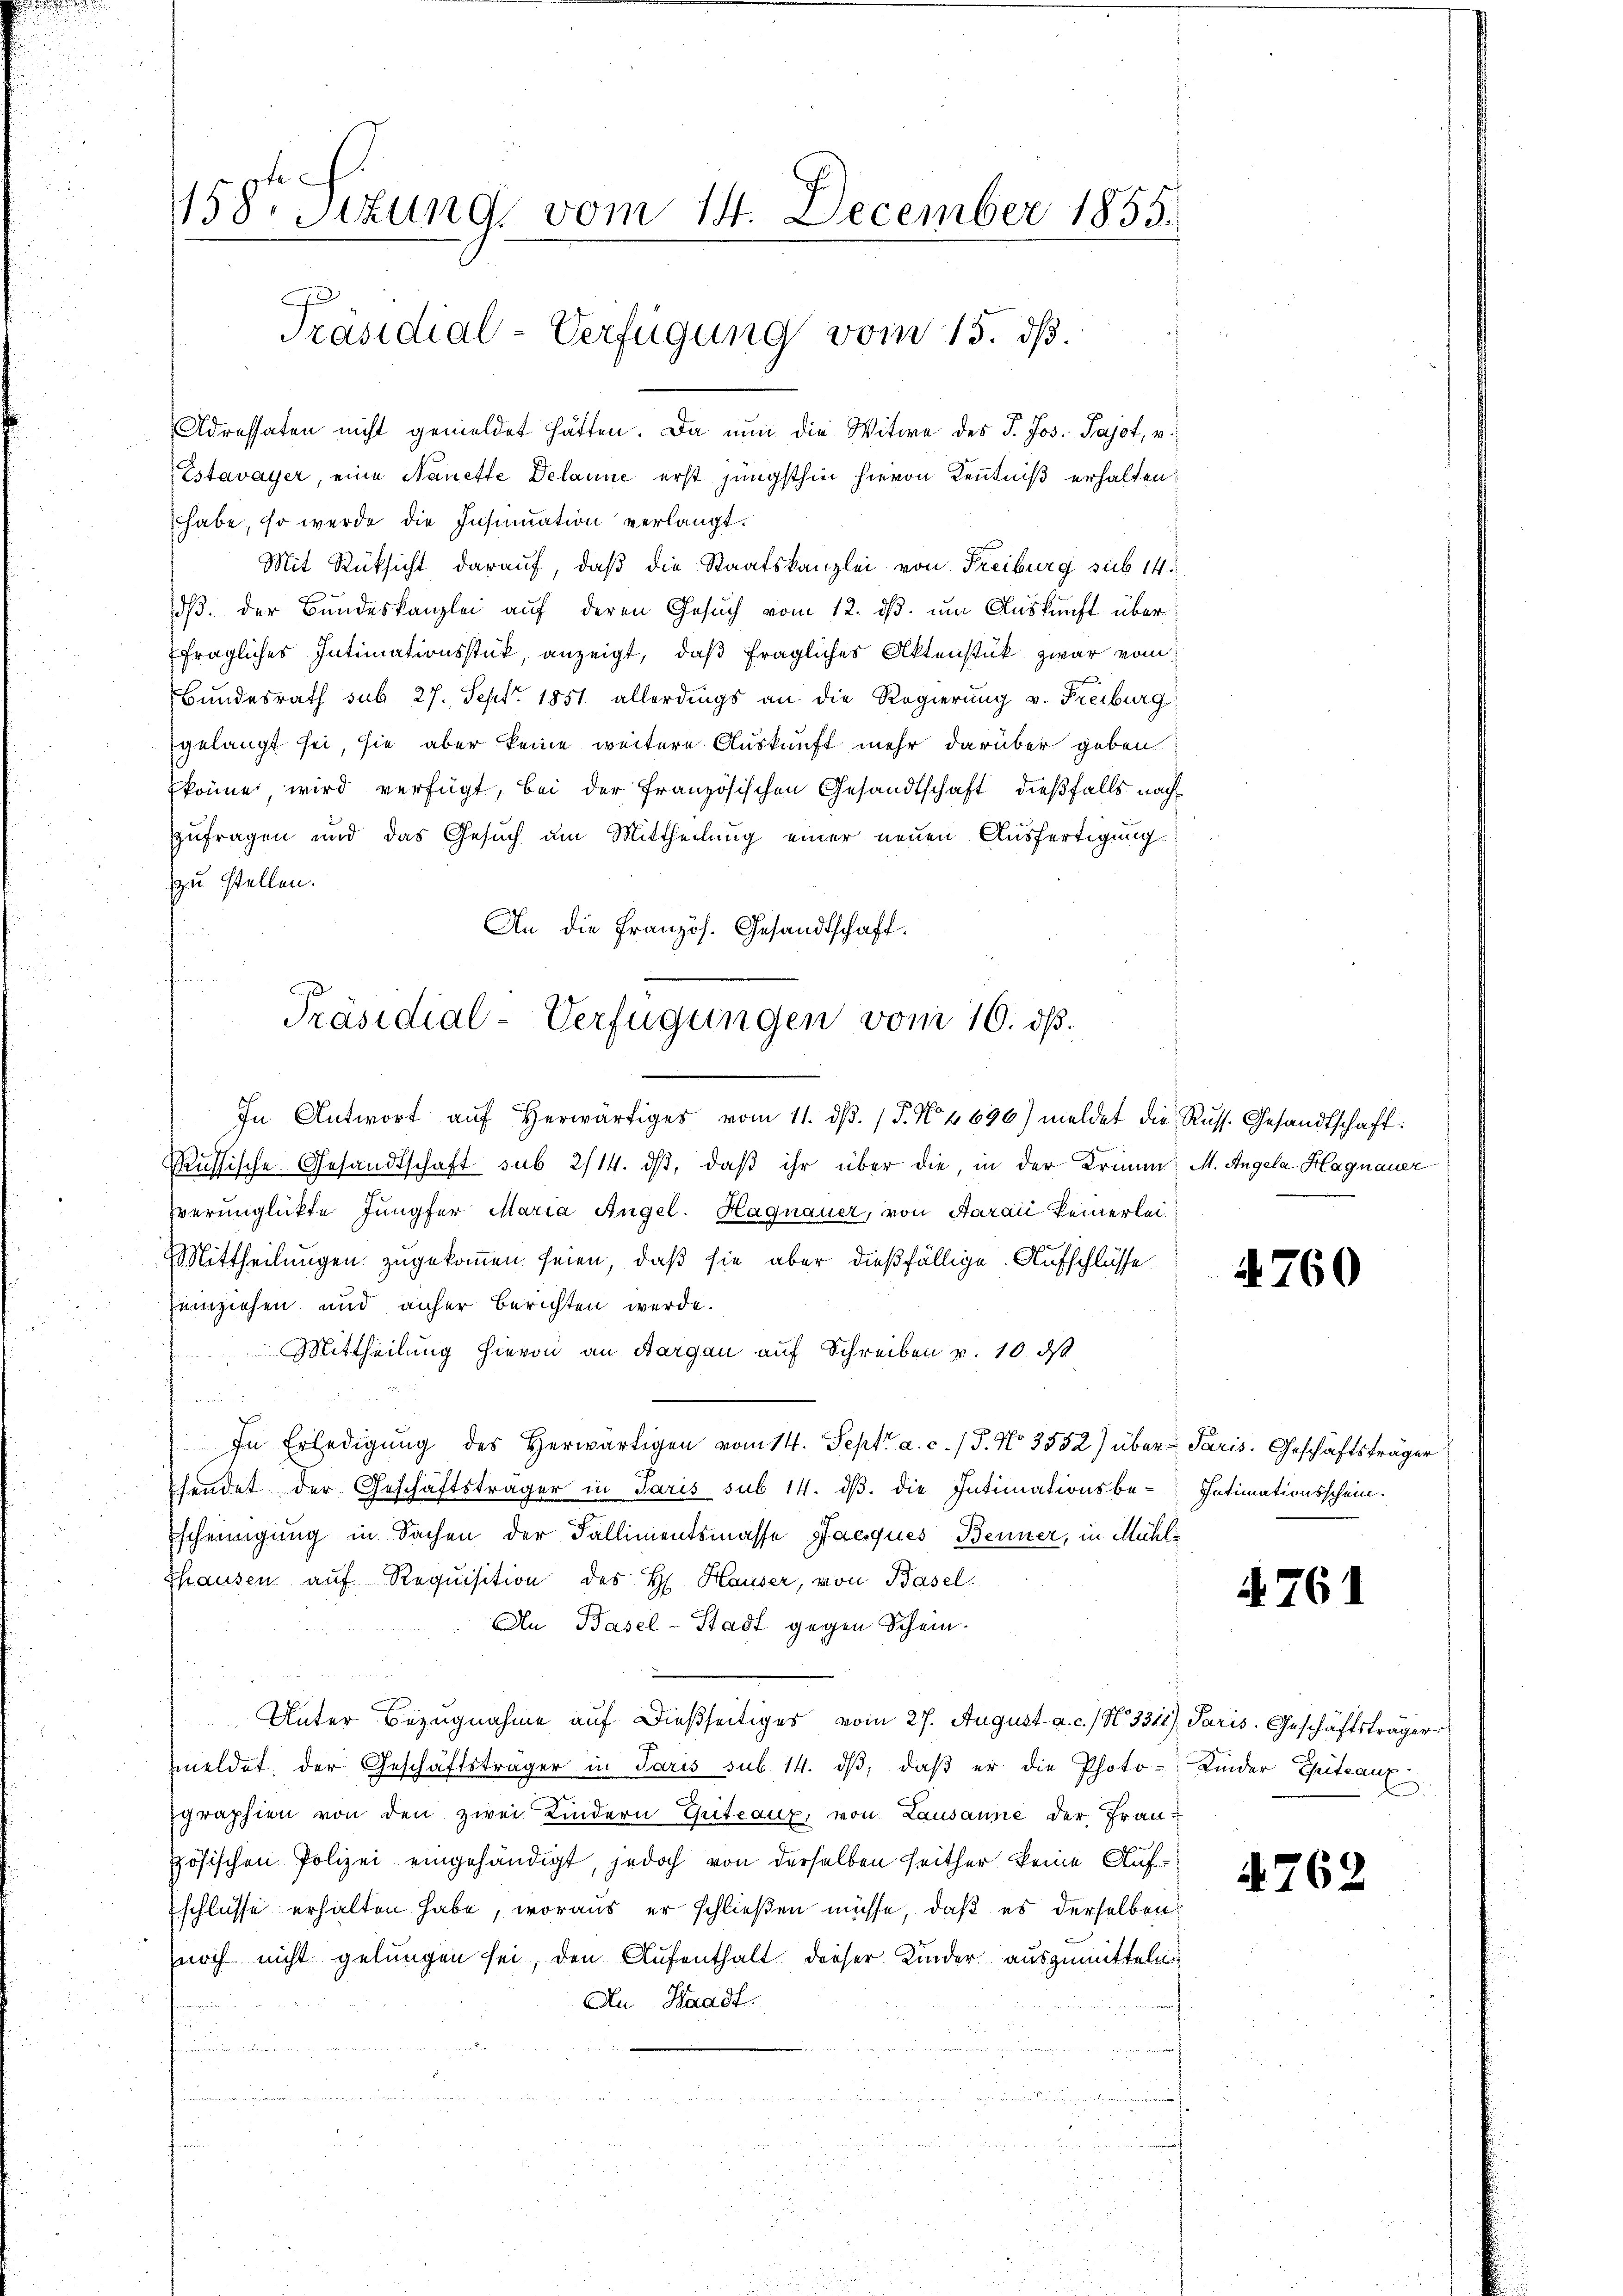
Estavayer, eine Nanette Delaune erst jüngsthin hievon Kenntniß erhalten,
habe, so werde die Insinuation verlangt.
Mit Rüksicht darauf, daß die Staatskanzlei von Freiburg sub 14.
dß. der Bundeskanzlei auf deren Gesuch vom 12. ds. um Auskunft überfragliches Intimationsstück, anzeigt, daß fragliches Aktenstük zwar vom
Bundesrath sub 27. Sept. 1851 allerdings an die Regierung v. Freiburg
gelangt sei, sie aber keine weitere Auskunft mehr darüber geben
könne, wird verfügt, bei der französischen Gesandtschaft dießfalls nachzufragen und das Gesuch am Mittheilung einer neuen Ausfertigung
zu stellen.
An die Französ. Gesandtschaft.

158r Situng vom 14. December 1855.
Präsidial-Verfügung vom 15. ds.
Adressaten nicht gemeldet hätten. Da nun die Witwe des J. Jos. Pajot, v.

Präsidial-Verfügungen vom 10. dß.

In Antwort aŭf herwärtiges vom 11. dβ. / P. No 4696) meldet die Russ. Gesandtschaft.
Russische Gesandtschaft sub 2/14. dβ, daß ihr über die, in der Krimm. M. Angela Hagnauer
verunglickte Jungfer Maria Angel. Hagnauer, von Aaraić keinerlei¬
Mittheilungen zugekommen seien, daß sie aber dießfällige Aufschlüsse.
einziehen und anher berichten werde.
Mittheilung hievon an Aargau auf Schreiben v. 10. ds
In Erledigŭng des herwärtigen vom 14. Sept. a. c. / 5. No 3552) über Paris. Geschäftsträger
sendet der Geschäftsträger in Paris sub 14. dβ. die Intimationsbe-
scheinigung in Sachen der Fallimentsmasse Jacques Benner, in Mühli
Thausen auf Requisition des H. Hauser, von Basel.
An Basel-Stadt gegen Schein.
Unter Bezugnahme auf dießseitiges vom 27. August a. c.) N. 331.) Paris. Geschäftsträger
meldet, der Geschäftsträger in Paris sub 14. dβ, daβ er die Photo- Kinder Guttaus
graphien von den zwei Kindern Giteaux, von Lausanne der Französischen Polizei eingehändigt, jedoch von derselben seither keine Auf¬
Eschlüsse erhalten habe, woraus er schließen müsse, daß es derselben
noch nicht gelungen sei, den Aufenthalt dieser Kinder auszumitteln
Au. Waadt.
u

4760

Intimationsschein.

4761

e

4762